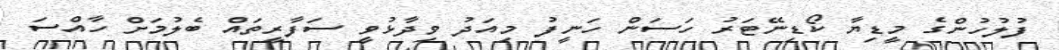
ފުލުހުންގެ މީޑިޔާ ކޯޑިނޭޓަރު ހަސަން ހަނީފު މިއަދު ވިދާޅުވީ ސަފާރީތައް ބެލުމަށް ހާއްސަ